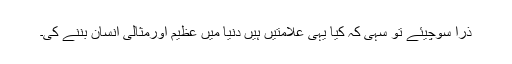
ذرا سوچیئے تو سہی کہ کیا یہی علامتیں ہیں دنیا میں عظیم اورمثالی انسان بننے کی۔